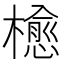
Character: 𣜴